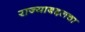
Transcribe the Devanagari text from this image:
राज्याबद्दलचा